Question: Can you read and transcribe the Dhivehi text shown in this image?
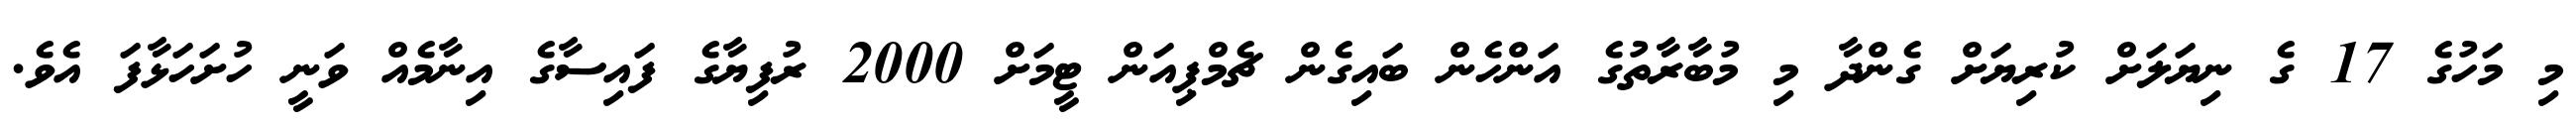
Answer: މި މަހުގެ 17 ގެ ނިޔަލަށް ކުރިޔަށް ގެންދާ މި މުބާރާތުގެ އަންހެން ބައިގެން ޗެމްޕިއަން ޓީމަށް 2000 ރުފިޔާގެ ފައިސާގެ އިނާމެއް ވަނީ ހުށަހަޅާފަ އެވެ.